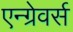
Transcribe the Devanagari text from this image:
एन्ग्रेवर्स